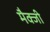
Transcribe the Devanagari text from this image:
मैक्जी